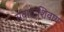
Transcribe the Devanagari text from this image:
संवादाशिवाय